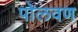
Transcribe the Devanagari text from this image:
पोलवण